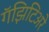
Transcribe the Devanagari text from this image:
गॅझिटिअरे